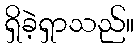
ရှိခဲ့ရှာသည်။